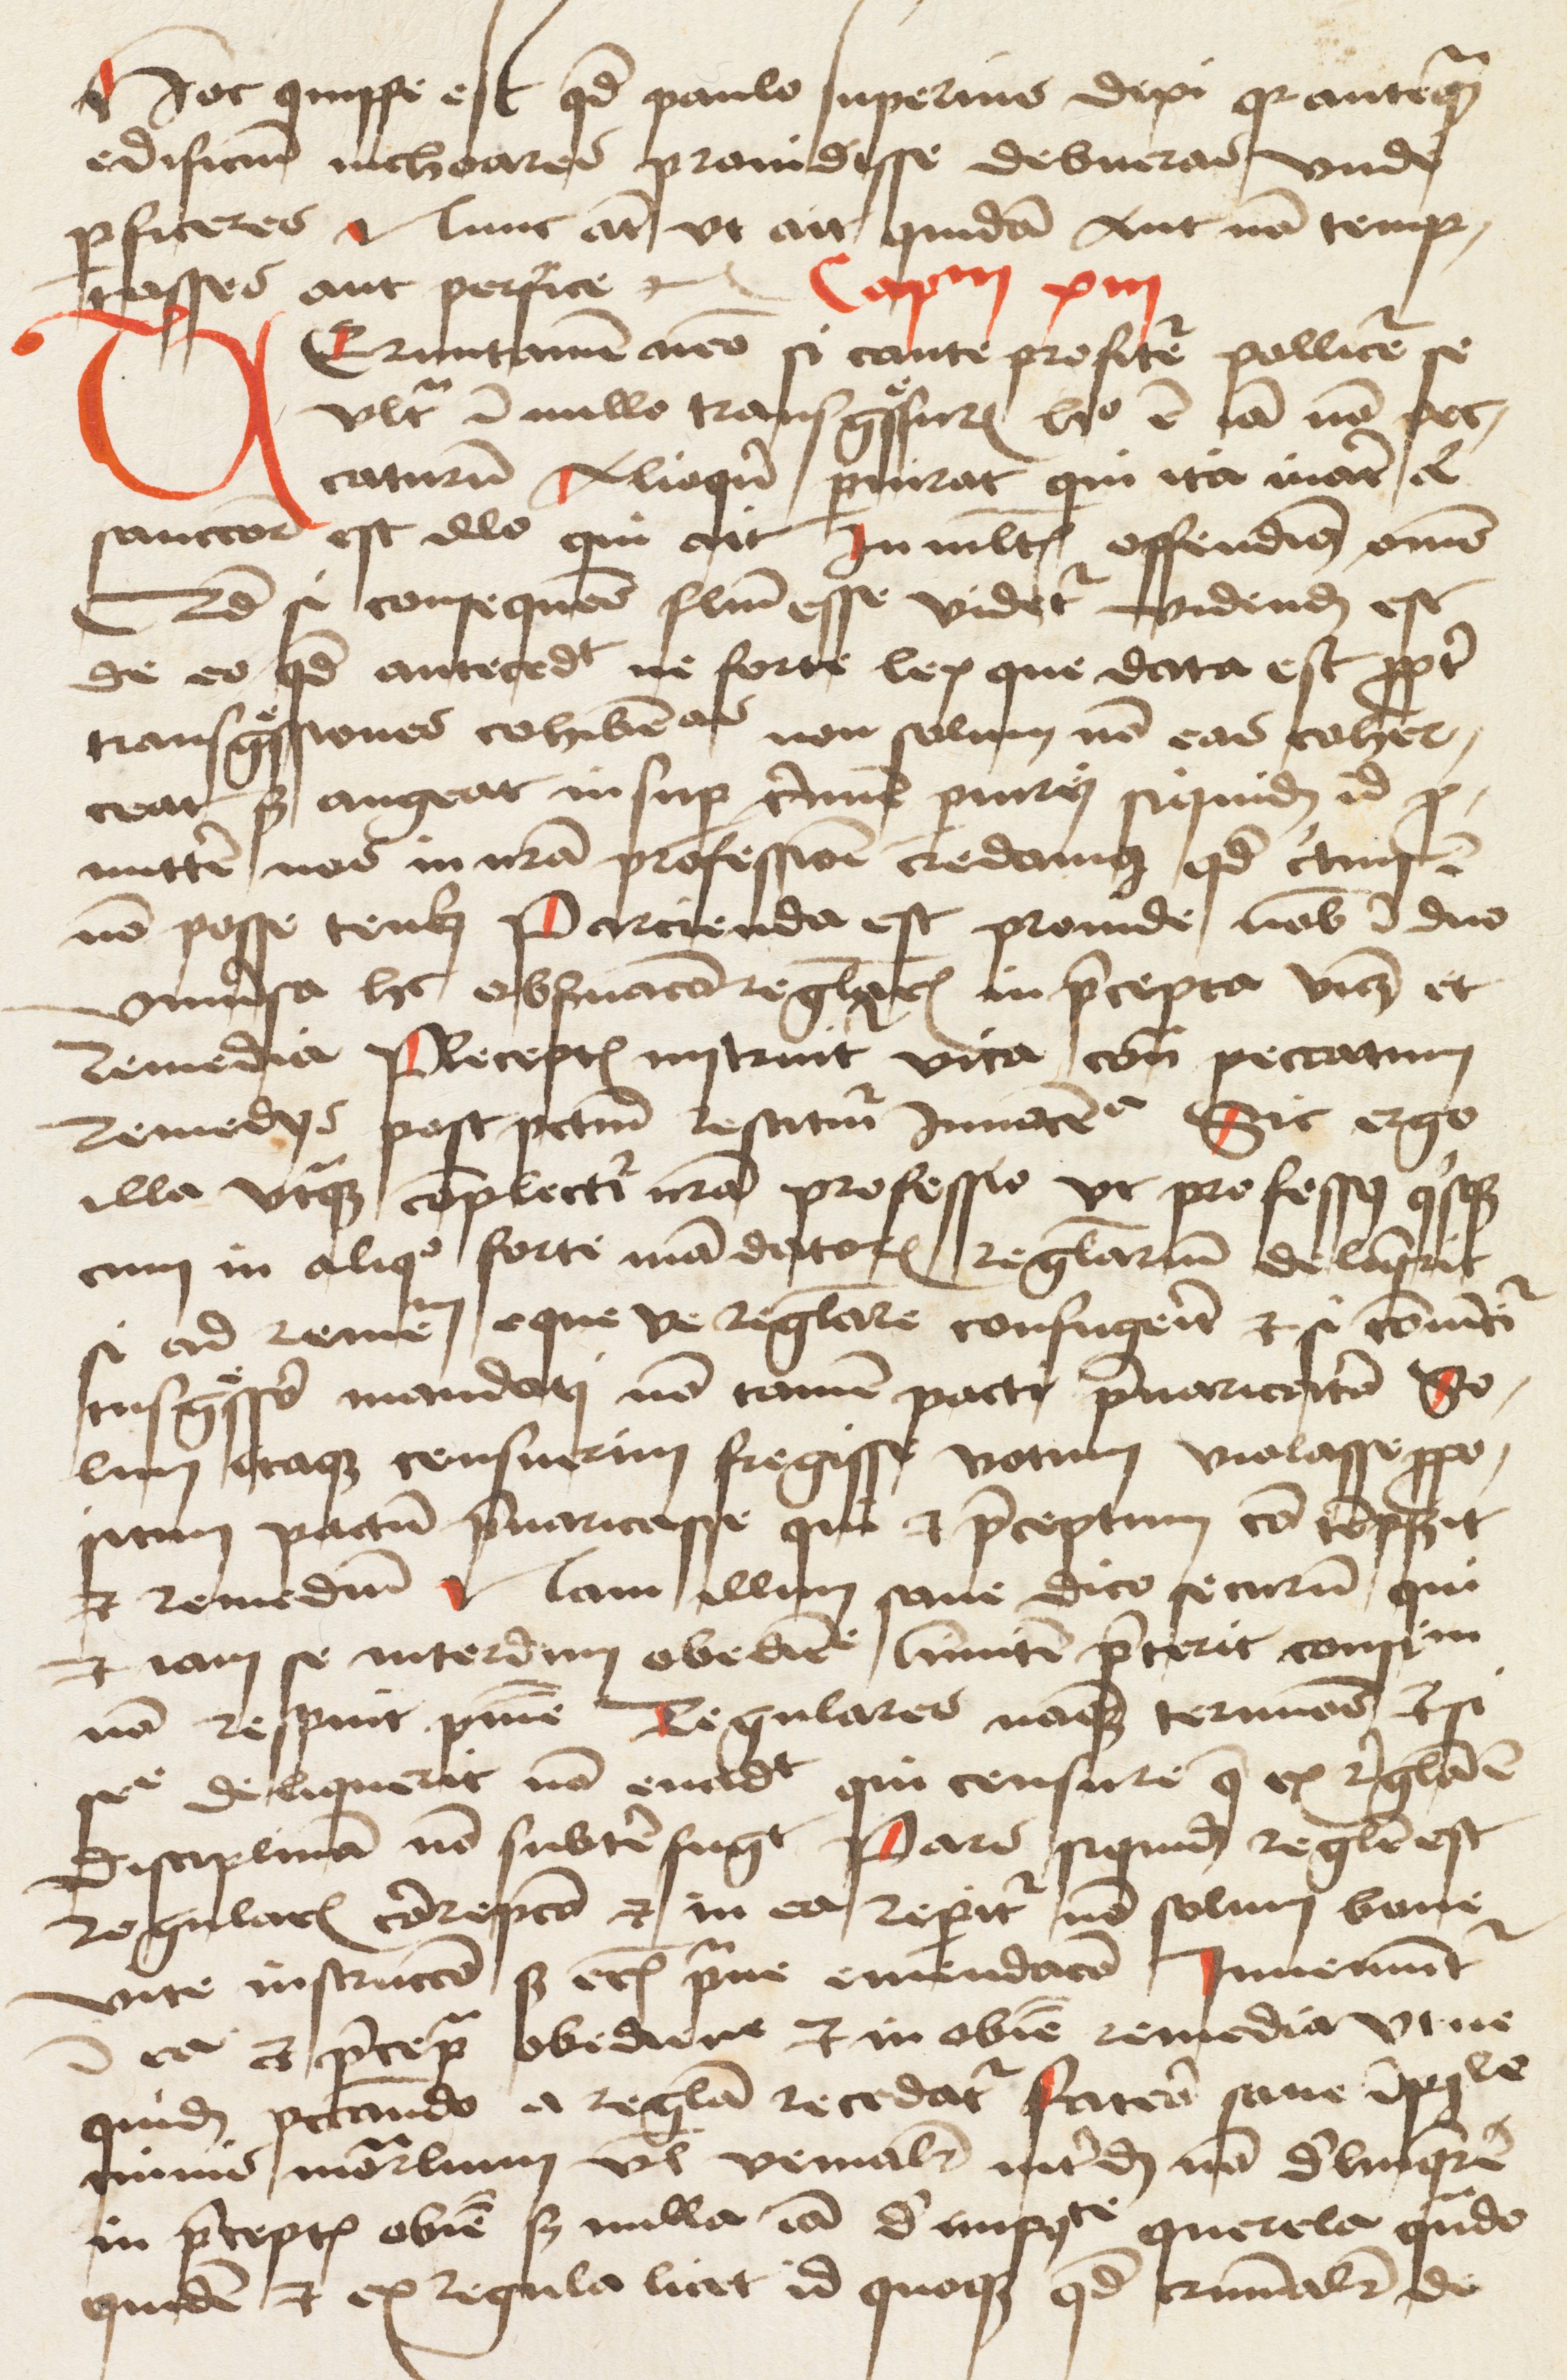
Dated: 1475–1499